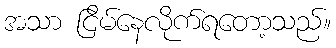
အသာ ငြိမ်နေလိုက်ရတော့သည်။